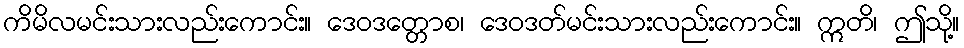
ကိမိလမင်းသားလည်းကောင်း။ ဒေဝဒတ္တောစ၊ ဒေဝဒတ်မင်းသားလည်းကောင်း။ ဣတိ၊ ဤသို့။